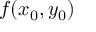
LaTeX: f ( x _ { 0 } , y _ { 0 } )